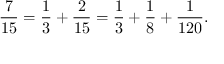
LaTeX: { \frac { 7 } { 1 5 } } = { \frac { 1 } { 3 } } + { \frac { 2 } { 1 5 } } = { \frac { 1 } { 3 } } + { \frac { 1 } { 8 } } + { \frac { 1 } { 1 2 0 } } .